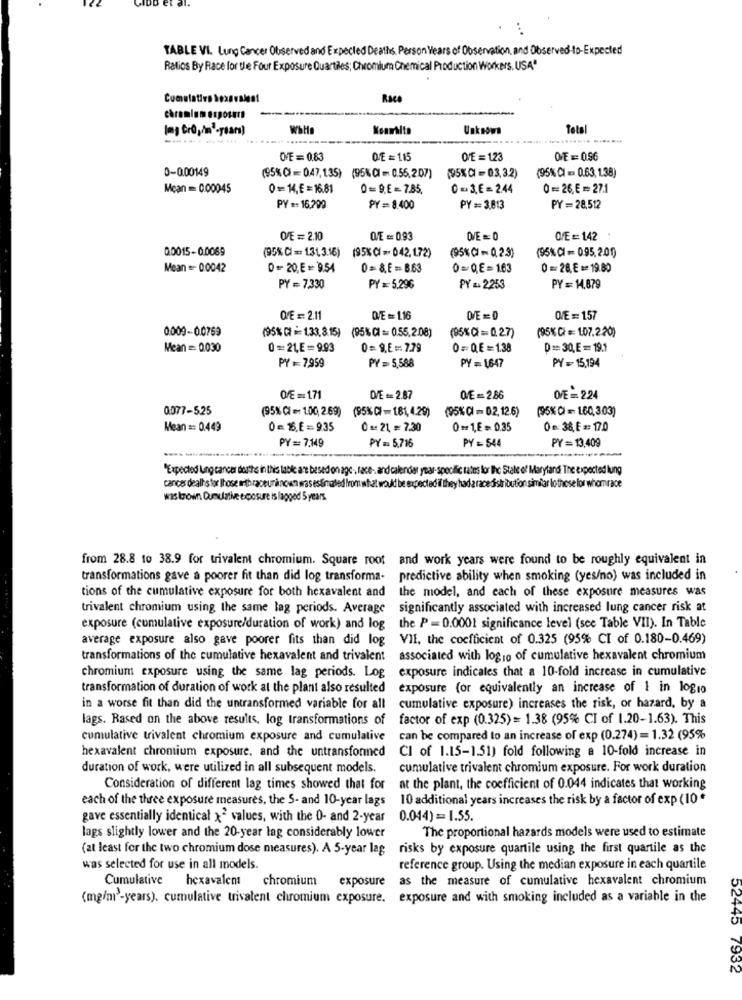
TABLE VI. Lung Cancer Observed and Expected Deaths, Person Years of Observation, and Observed-to-Expected
Ratios By Race for the Four Exposure Quartiles; Chromium Chemical Production Workers. USA"
Cumulativo hexavalent
Raco
chromium exposer
Unknown
Tola
OVE = 0.83
OVE = 1.15
OFE = 123
OFE == 0.96
0-0.00149
(95%C)=0.47, 135) (95%CI = 0.55,207)
(95% CI = 03,3.2)
(95% CI = 0.63, 1.38)
Mean == 0.00045
0=14,E = 16.81
0= 9,E = 7.85,
0 =3,E= 2.44
0 === 26,€ = 27.1
PY #: 16,299
PY == 8.400
PY == 3.813
PY= 28,512
OVE = 2.10
QE = 0.93
OFE =: 142
0.0015-0.0069
(95% CI = 131,3.16) (95% CI =- 042.1.72)
(95% CI = 0.95,201)
(95%CI - 0,2.3)
Mean =- 0.0042
0=20,E=9.54
0 = 8,E = 8.63
0=QE=1.63
0 = 28, E == 19.80
PY = 7,330
PY == 5,296
PY # 2253
PY = 14,879
OFE = 2.11
OVE = 1.16
OFE = 157
0009-00769
(95% C) == 107.2.20)
(95% CF # 1,33.8.15) (95%CI == 0.55,2.08)
(95%()=0.27)
Mean = 0.030
0=21,E=9,93
0 = 9.E = 7.79
0=Q.E=1.38
D == 30,E = 19.1
PY =7,959
PY = 5,588
PY = 1647
PY= 15,194
OFE =171
OVE == 2.87
QE=2.86
OFE= 2.24
0077-5.25
(95% CI = 1.00, 269) (95%C)-181,4.29)
(95% CI - 02, 12.6)
(95% C) = 1.60, 303)
Mean == 0.449
0 = 6,E = 9.35
0 1: 21 = 7.30
0 = 1,E = 0.35
0 : 38, E #: 17.0
PY= 7,149
PY = 5,716
PY = 13,409
PY = 544
"Expected Lung cancer dorthe in this lable: ant based on age, race -, and calendar year- specific rates for Ihc State of Maryland The expected lung
cances dealt's for those inthraceunknown was estimated from what would be expected if they hada race distribution similar lothese for whom race
was known Cumulative exposure is lagged 5 years.
from 28.8 to 38.9 for trivalent chromium. Square root
and work years were found to be roughly equivalent in
transformations gave a poorer fit than did log transforma-
predictive ability when smoking (yes/no) was included in
tions of the cumulative exposure for both hexavalent and
the model, and each of these exposure measures was
trivalent chromium using the same lag periods. Average
significantly associated with increased lung cancer risk at
exposure (cumulative exposure/duration of work) and log
the P = 0.0001 significance level (see Table VII). In Table
average exposure also gave poorer fits than did log
VII. the coefficient of 0.325 (95% CI of 0.180-0.469)
transformations of the cumulative hexavalent and trivalent
associated with logio of cumulative hexavalent chromium
chromium exposure using the same lag periods. Log exposure indicates that a 10-fold increase in cumulative
transformation of duration of work at the plant also resulted
exposure (or equivalently an increase of 1 in logio
in a worse fit than did the untransformed variable for all
cumulative exposure) increases the risk, or hazard, by a
lags. Rased on the above results, log transformations of
factor of exp (0.325)= 1.38 (95% CI of 1.20-1.63). This
cumulative trivalent chromium exposure and cumulative
can be compared to an increase of exp (0.274)= 1.32 (95%
hexavalent chromium exposure. and the untransformned
CI of 1.15-1.51) fold following a 10-fold increase in
duration of work, were utilized in all subsequent models.
cumulative trivalent chromium exposure. For work duration
Consideration of different lag times showed that for
at the plant, the coefficient of 0.044 indicates that working
each of the three exposure measures, the S- and 10-year lags
10 additional years increases the risk by a factor of exp (10*
gave essentially identical x2 values, with the 0- and 2-year
0.044) == 1.55.
lags slightly lower and the 20-year lag considerably lower
The proportional hazards models were used to estimate
(at least for the two chromium dose measures). A 5-year lag
risks by exposure quartile using the first quartile as the
was selected for use in all models.
reference group. Using the median exposure in each quartile
Cumulative
hexavalent
as the measure of cumulative hexavalent chromium
chromium exposure
(mg/m)-years). cumulative trivalent chromium exposure. exposure and with smoking included as a variable in the
52445 7932